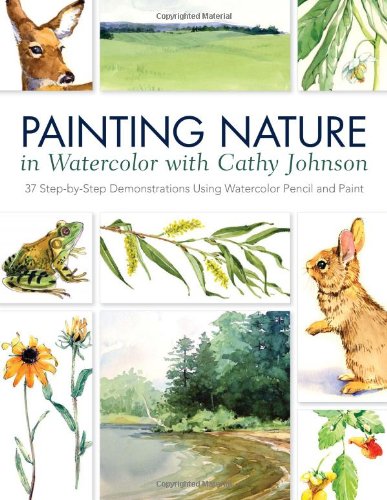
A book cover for Painting Nature in Watercolor with Cathy Johnson: 37 Step-by-Step Demonstrations Using Watercolor Pencil and Paint; Cathy Johnson; Arts & Photography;